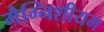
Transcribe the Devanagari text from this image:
मैग्निशीयम